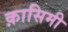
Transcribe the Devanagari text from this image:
क़ासिमी